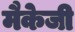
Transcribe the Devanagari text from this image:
मैकेजी